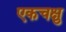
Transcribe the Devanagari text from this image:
एकचक्षु